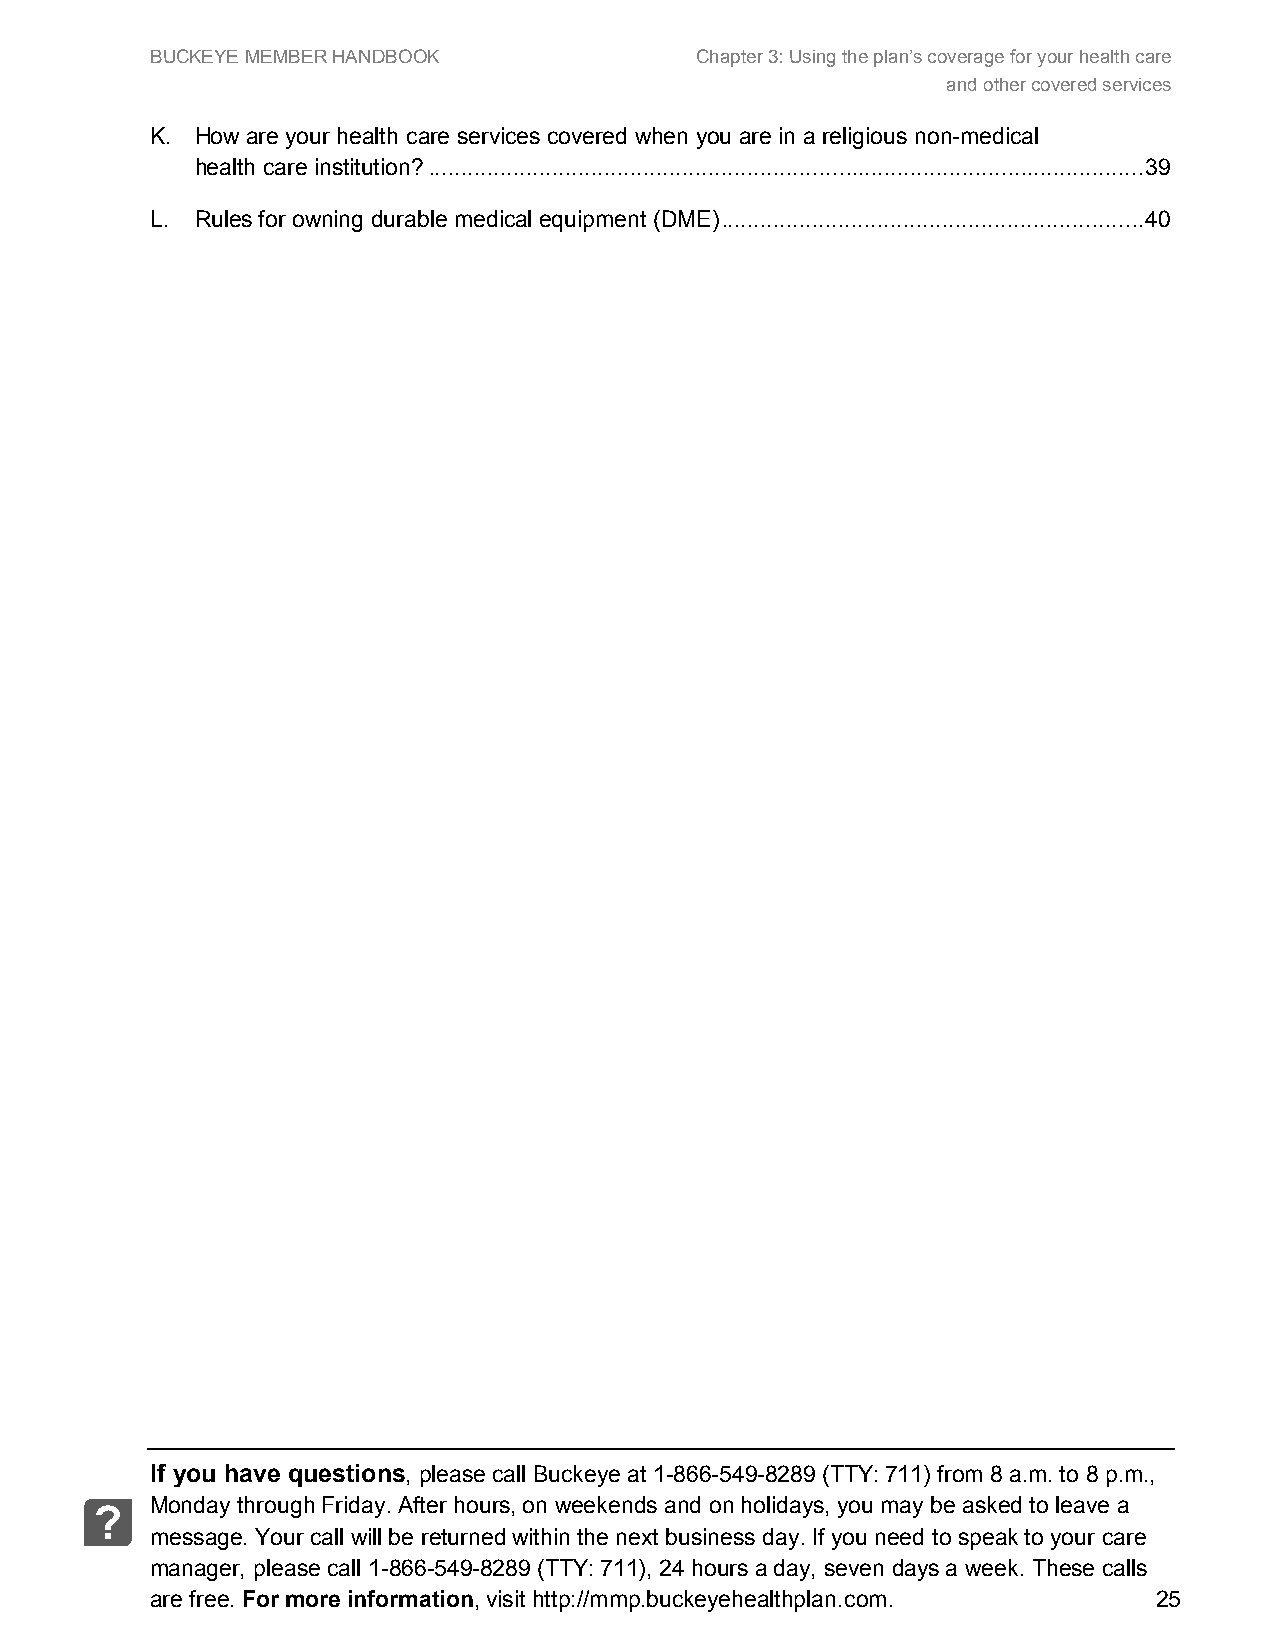
BUCKEYE MEMBER HANDBOOK             Chapter 3: Using the plan’s coverage for your health care
 and other covered services
 K. How are your health care services covered when you are in a religious non-medical
 health care institution? .............................................................................................................. 39
 L. Rules for owning durable medical equipment (DME) ................................................................. 40
 If you have questions, please call Buckeye at 1-866-549-8289 (TTY: 711) from 8 a.m. to 8 p.m.,
 Monday through Friday. After hours, on weekends and on holidays, you may be asked to leave a
 ?
 message. Your call will be returned within the next business day. If you need to speak to your care
 manager, please call 1-866-549-8289 (TTY: 711), 24 hours a day, seven days a week. These calls
 are free. For more information, visit http://mmp.buckeyehealthplan.com. 25